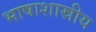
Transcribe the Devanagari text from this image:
भाषाशास्रीय